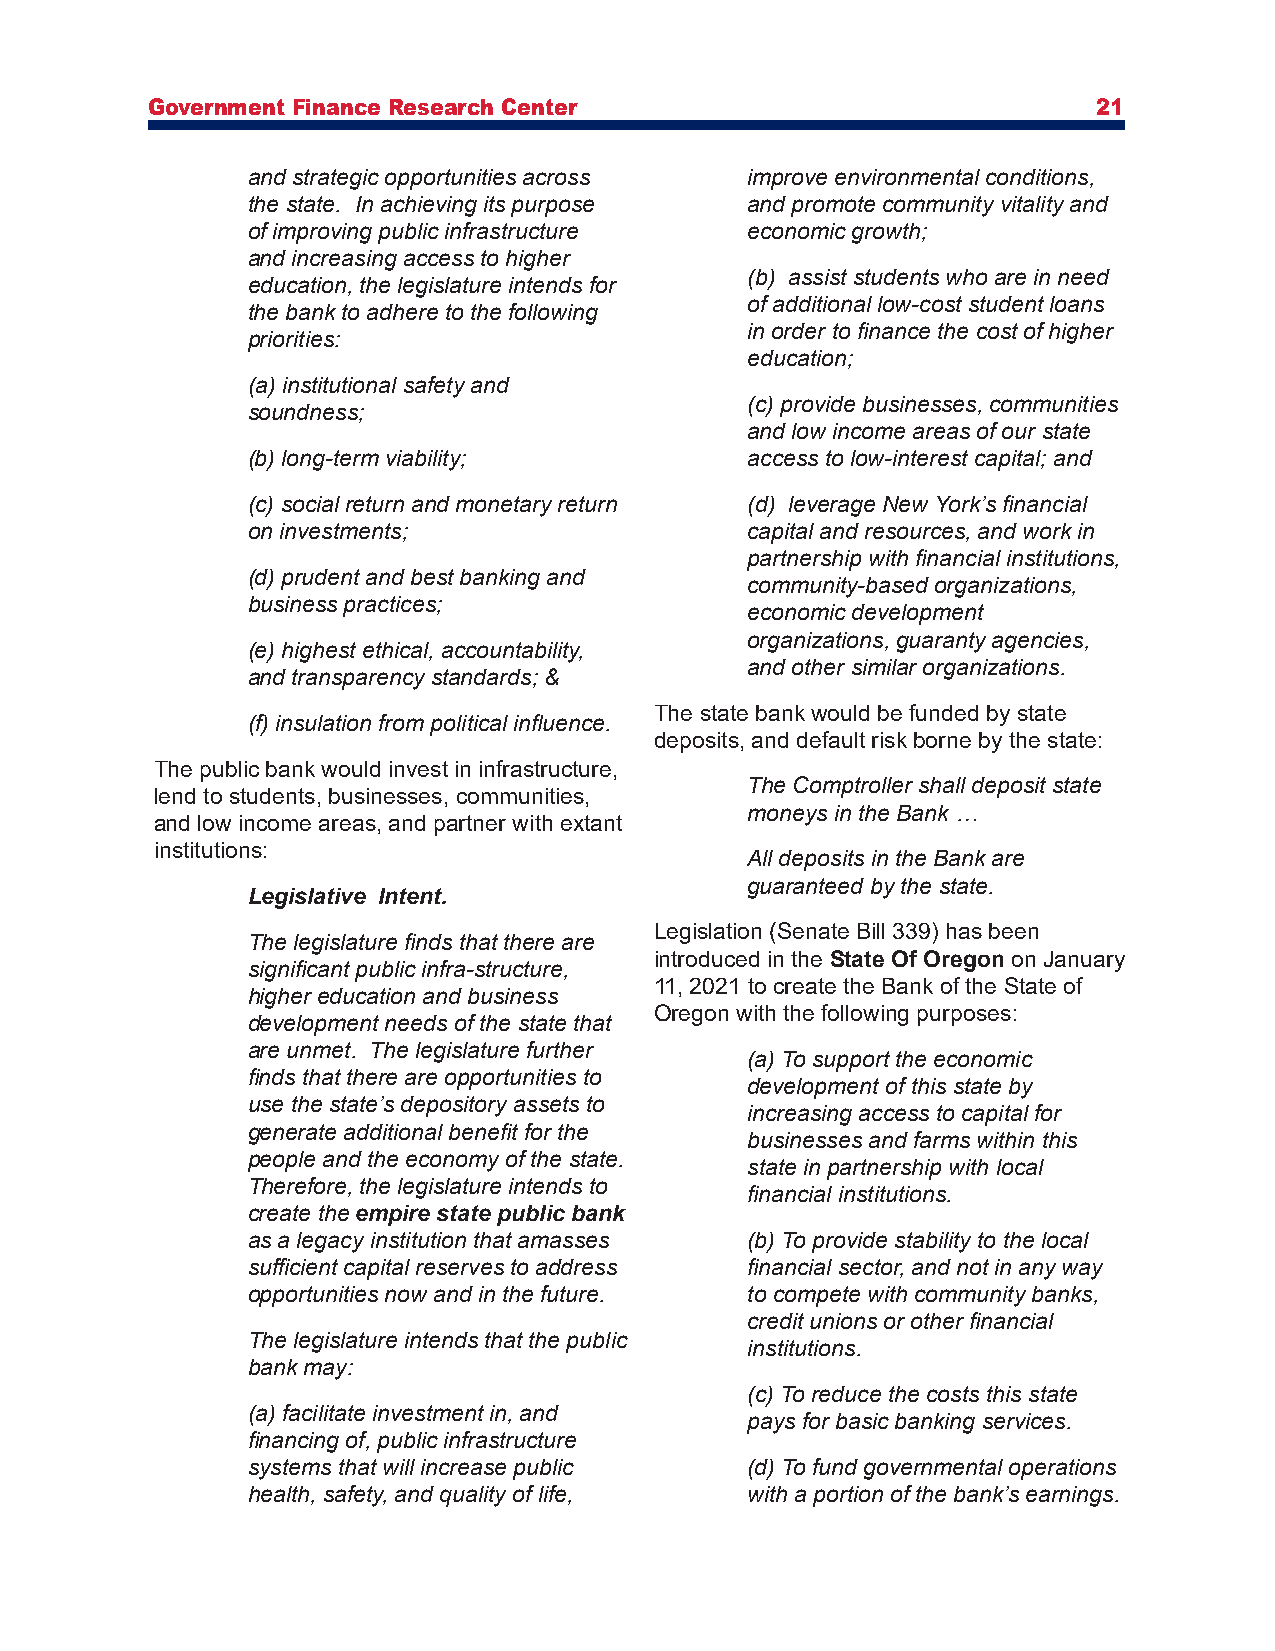
Government Finance Research Center                             21
 and strategic opportunities across improve environmental conditions,
 the state. In achieving its purpose and promote community vitality and
 of improving public infrastructure economic growth;
 and increasing access to higher
 (b) assist students who are in need
 education, the legislature intends for
 of additional low-cost student loans
 the bank to adhere to the following
 in order to finance the cost of higher
 priorities:
 education;
 (a) institutional safety and
 (c) provide businesses, communities
 soundness;
 and low income areas of our state
 (b) long-term viability;         access to low-interest capital; and
 (c) social return and monetary return (d) leverage New York’s financial
 on investments;                  capital and resources, and work in
 partnership with financial institutions,
 (d) prudent and best banking and
 community-based organizations,
 business practices;
 economic development
 organizations, guaranty agencies,
 (e) highest ethical, accountability,
 and other similar organizations.
 and transparency standards; &
 The state bank would be funded by state
 (f) insulation from political influence.
 deposits, and default risk borne by the state:
 The public bank would invest in infrastructure,
 The Comptroller shall deposit state
 lend to students, businesses, communities,
 moneys in the Bank …
 and low income areas, and partner with extant
 institutions:
 All deposits in the Bank are
 guaranteed by the state.
 Legislative Intent.
 Legislation (Senate Bill 339) has been
 The legislature finds that there are
 introduced in the State Of Oregon on January
 significant public infra-structure,
 11, 2021 to create the Bank of the State of
 higher education and business
 Oregon with the following purposes:
 development needs of the state that
 are unmet. The legislature further
 (a) To support the economic
 finds that there are opportunities to
 development of this state by
 use the state’s depository assets to
 increasing access to capital for
 generate additional benefit for the
 businesses and farms within this
 people and the economy of the state.
 state in partnership with local
 Therefore, the legislature intends to
 financial institutions.
 create the empire state public bank
 as a legacy institution that amasses (b) To provide stability to the local
 sufficient capital reserves to address financial sector, and not in any way
 opportunities now and in the future. to compete with community banks,
 credit unions or other financial
 The legislature intends that the public
 institutions.
 bank may:
 (c) To reduce the costs this state
 (a) facilitate investment in, and
 pays for basic banking services.
 financing of, public infrastructure
 systems that will increase public (d) To fund governmental operations
 health, safety, and quality of life, with a portion of the bank’s earnings.